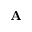
\mathbf { A }